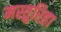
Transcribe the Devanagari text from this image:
मस्तुरिहा